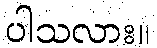
ပါသလား။